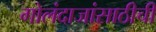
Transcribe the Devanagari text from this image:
गोलंदाजांसाठीची